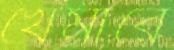
খেমারে